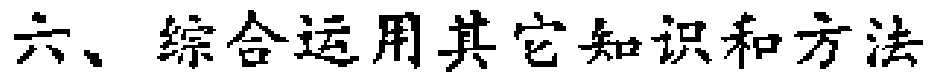
六、综合运用其它知识和方法